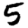
Digit: 5